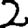
Digit: 2